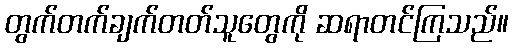
တွက်တက်ချက်တတ်သူတွေကို ဆရာတင်ကြသည်။